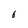
Character: 6